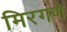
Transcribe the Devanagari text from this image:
मिरगणे